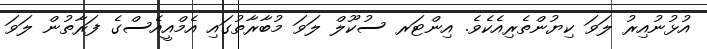
އުޅުނުއިރު ލަވަ ކިޔުންތެރިއެކެވެ. އިންޓަރ ސުކޫލް ލަވަ މުބާރާތުގައި އެމްއީއެސްގެ ފަރާތުން ލަވަ